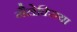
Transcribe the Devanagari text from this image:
गैलेक्सिया